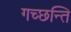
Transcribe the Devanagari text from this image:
गच्छन्ति